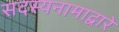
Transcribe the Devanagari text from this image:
सदस्यनामाद्वारे